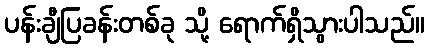
ပန်းချီပြခန်းတစ်ခု သို့ ရောက်ရှိသွားပါသည်။